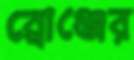
ব্রোঞ্জের